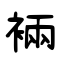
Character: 裲